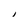
Character: I